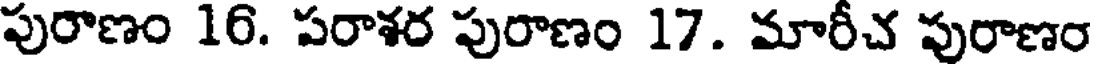
పురాణం 16. పరాశర పురాణం 17. మారీచ పురాణం